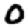
Digit: 0